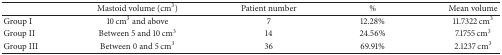
|  | Mastoid volume (cm3) | Patient number | % | Mean volume |
 | --- | --- | --- | --- | --- |
 | Group I | 10 cm3 and above | 7 | 12.28% | 11.7322 cm3 |
 | Group II | Between 5 and 10 cm3 | 14 | 24.56% | 7.1755 cm3 |
 | Group III | Between 0 and 5 cm3 | 36 | 69.91% | 2.1237 cm3 |